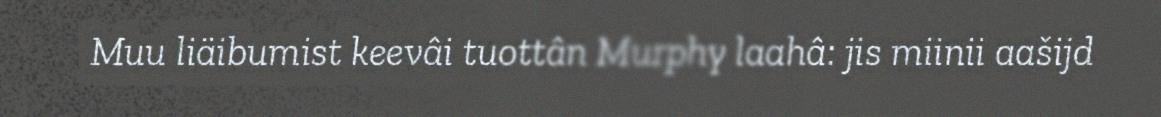
Muu liäibumist keevâi tuottân Murphy laahâ: jis miinii aašijd